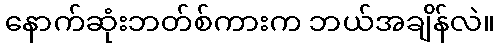
နောက်ဆုံးဘတ်စ်ကားက ဘယ်အချိန်လဲ။